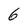
Character: 6